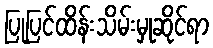
ပြုပြင်ထိန်းသိမ်းမှုဆိုင်ရာ